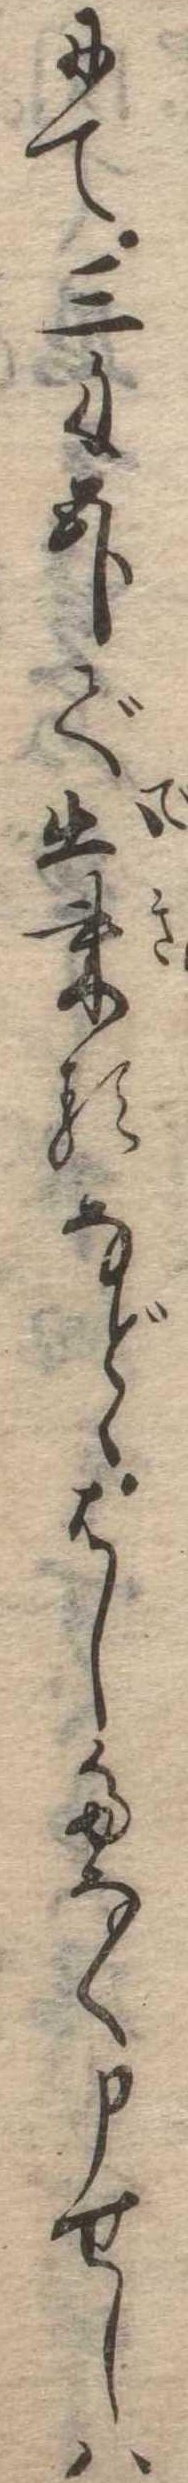
にて三匁五分で出来るなどゝはしたなく申せしは